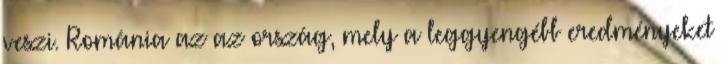
veszi. Románia az az ország, mely a leggyengébb eredményeket